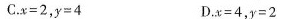
C.$$x = 2$$，$$y = 4$$ D.$$x = 4$$，$$y = 2$$